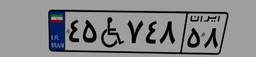
۰۸W۹۰۲۹۲